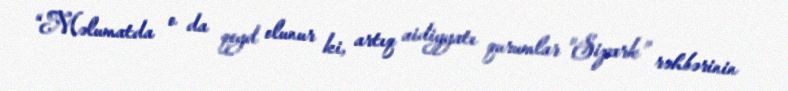
“Məlumatda o da qeyd olunur ki, artıq aidiyyatı qurumlar "Sipark” rəhbərinin